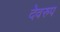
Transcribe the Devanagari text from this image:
देवरुप